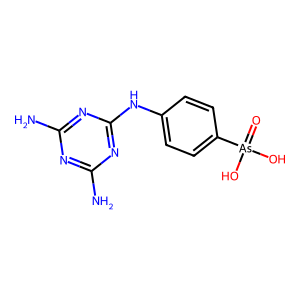
SMILES: Nc1nc(N)nc(Nc2ccc([As](=O)(O)O)cc2)n1
Inhibits HIV replication: No